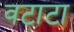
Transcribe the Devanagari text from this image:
वटाटा